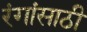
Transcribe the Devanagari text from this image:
रंगांसाठी